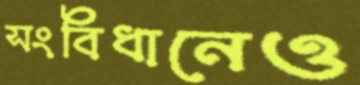
সংবিধানেও